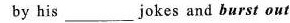
by his ___jokes and burst out